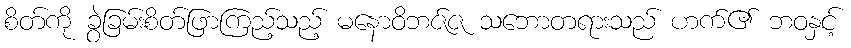
စိတ်ကို ခွဲခြမ်းစိတ်ဖြာကြည့်သည့် မနောဝိဘဇ်ဇ သဘောတရားသည် ဟက်၏ ဘဝနှင့်